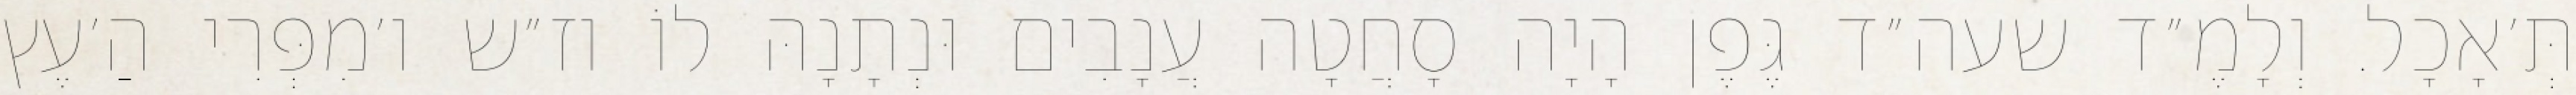
תְּ׳אָכָל. וְלָמֶ״ד שעה״ד גֶּפֶן הָיָה סָחֲטָה עֲנָבִים וּנְתָנָהּ לוֹ וז״ש ו׳מִפְּרִי הַ׳עֶץ